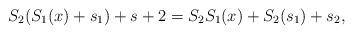
LaTeX: \begin{align*}S_2(S_1(x)+s_1)+s+2= S_2S_1(x)+S_2(s_1)+s_2,\end{align*}